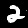
Digit: 2